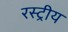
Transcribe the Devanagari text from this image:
रस्ट्रीय